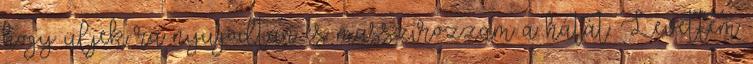
hogy üljek rá nyugodtan és masszírozzam a hátát. Levettem